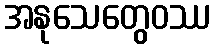
အနုသေတွေဝဿ